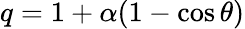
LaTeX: q=1+\alpha(1-\cos\theta)